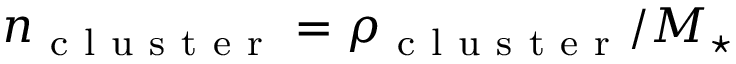
n _ { \mathrm { ~ c ~ l ~ u ~ s ~ t ~ e ~ r ~ } } = \rho _ { \mathrm { ~ c ~ l ~ u ~ s ~ t ~ e ~ r ~ } } / M _ { \star }